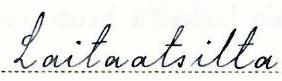
Laitaatsilta